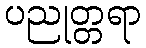
ပညုတ္တရာ